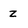
Character: z